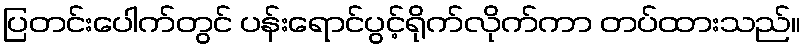
ပြတင်းပေါက်တွင် ပန်းရောင်ပွင့်ရိုက်လိုက်ကာ တပ်ထားသည်။